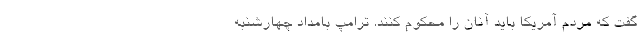
گفت که مردم آمریکا باید آنان را محکوم کنند. ترامپ بامداد چهارشنبه